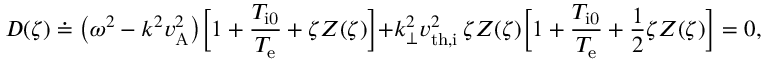
D ( \zeta ) \doteq \bigl ( \omega ^ { 2 } - k ^ { 2 } v _ { \mathrm { A } } ^ { 2 } \bigr ) \biggl [ 1 + \frac { T _ { \mathrm { i 0 } } } { T _ { \mathrm { e } } } + \zeta Z ( \zeta ) \biggl ] + k _ { \perp } ^ { 2 } v _ { \mathrm { t h , i } } ^ { 2 } \, \zeta Z ( \zeta ) \biggl [ 1 + \frac { T _ { \mathrm { i 0 } } } { T _ { \mathrm { e } } } + \frac { 1 } { 2 } \zeta Z ( \zeta ) \biggr ] = 0 ,